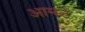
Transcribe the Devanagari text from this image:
आग्‍स्‍ट